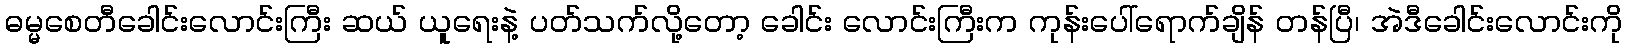
ဓမ္မစေတီခေါင်းလောင်းကြီး ဆယ် ယူရေးနဲ့ ပတ်သက်လို့တော့ ခေါင်း လောင်းကြီးက ကုန်းပေါ်ရောက်ချိန် တန်ပြီ၊ အဲဒီခေါင်းလောင်းကို